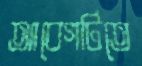
আবেগটিতে